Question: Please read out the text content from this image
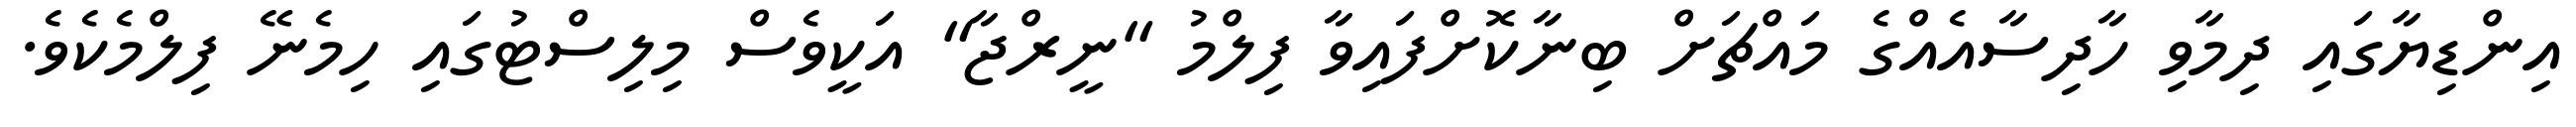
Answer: އިންޑިޔާގައި ދިމާވި ހާދިސާއެއްގެ މައްޗަށް ބިނާކޮށްފައިވާ ފިލްމު "ނީރްޖާ" އަކީވެސް މިލިސްޓުގައި ހިމެނޭ ފިލްމެކެވެ.